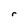
Character: r